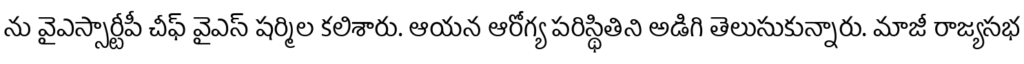
ను వైఎస్సార్టీపీ చీఫ్ వైఎస్ షర్మిల కలిశారు. ఆయన ఆరోగ్య పరిస్థితిని అడిగి తెలుసుకున్నారు. మాజీ రాజ్యసభ